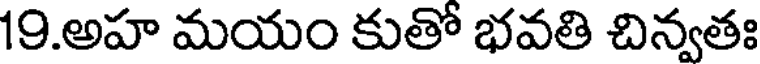
19.అహ మయం కుతో భవతి చిన్వతః